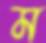
ম